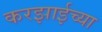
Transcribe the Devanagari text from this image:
करझाईच्या